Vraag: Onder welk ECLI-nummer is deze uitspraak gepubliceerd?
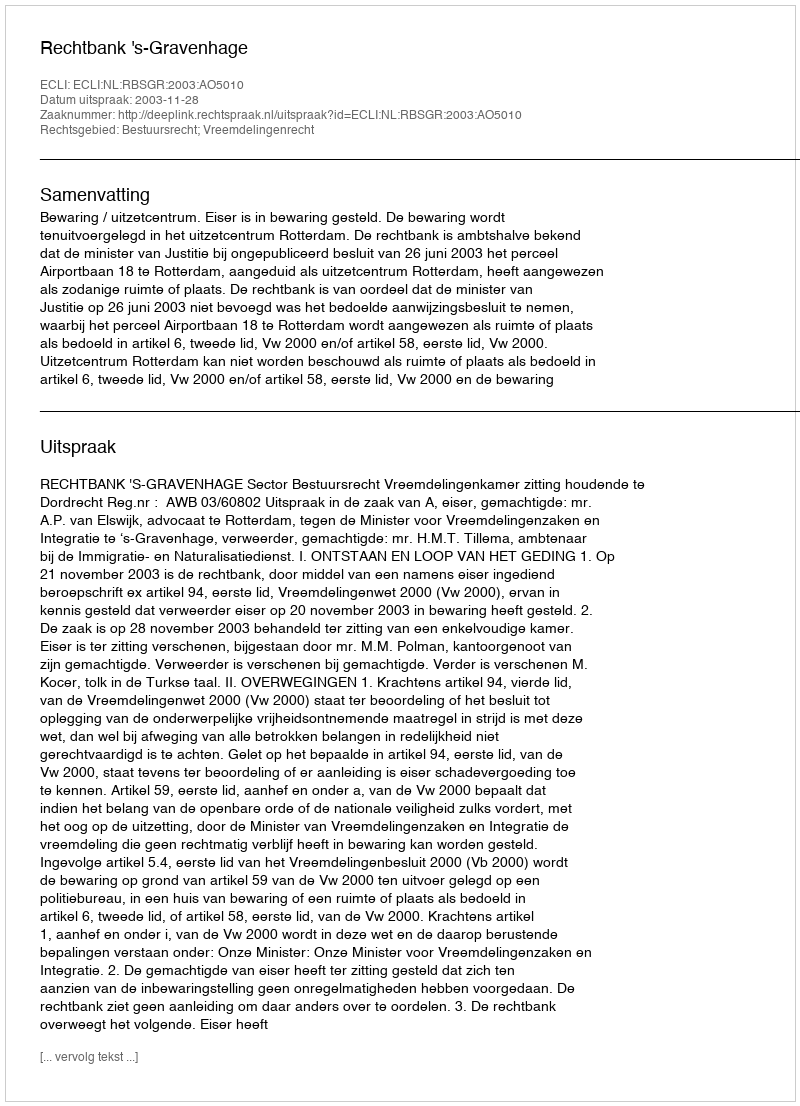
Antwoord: ECLI:NL:RBSGR:2003:AO5010